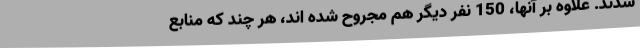
شدند. علاوه بر آنها، 150 نفر دیگر هم مجروح شده اند، هر چند که منابع